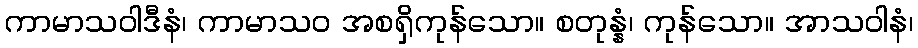
ကာမာသဝါဒီနံ၊ ကာမာသဝ အစရှိကုန်သော။ စတုန္နံ၊ ကုန်သော။ အာသဝါနံ၊